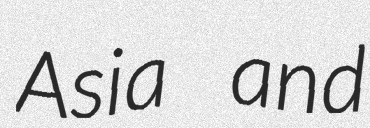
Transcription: Asia and